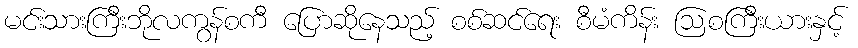
မင်းသားကြီးဘိုလကွန်စကီ ပြောဆိုနေသည့် စစ်ဆင်ရေး စီမံကိန်း ဩစကြီးယားနှင့်